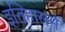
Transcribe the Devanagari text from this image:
इतिहासमें